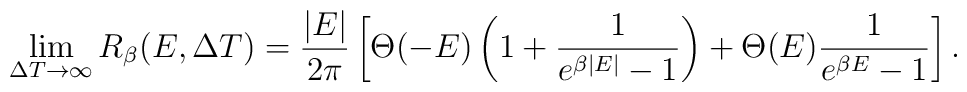
\lim_{\Delta T\rightarrow \infty}R_{\beta}(E,\Delta T)=\frac{|E|}{2\pi}\left[\Theta(-E)\left(1+\frac{1}{e^{\beta |E|}-1}\right)+\Theta(E)\frac{1}{e^{\beta E}-1}\right].